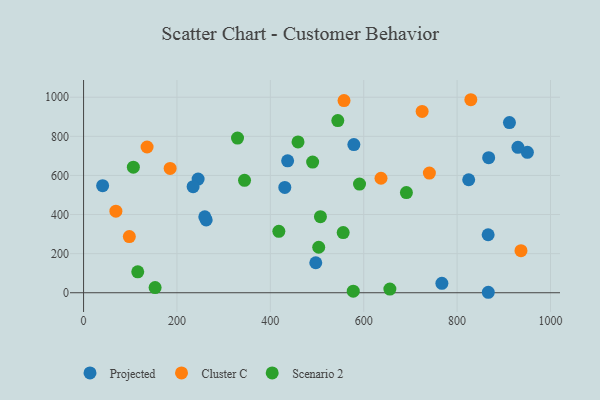
{"axis": {"x": "Study Hours", "y": "Salary"}, "legend": ["Cluster C", "Projected", "Scenario 2"], "data": [{"x": "824.8", "y": 577.8, "type": "Projected"}, {"x": "262.6", "y": 372.2, "type": "Projected"}, {"x": "245.3", "y": 581.4, "type": "Projected"}, {"x": "950.5", "y": 718.1, "type": "Projected"}, {"x": "767.4", "y": 48.2, "type": "Projected"}, {"x": "437.0", "y": 674.7, "type": "Projected"}, {"x": "867.6", "y": 690.7, "type": "Projected"}, {"x": "497.3", "y": 153.4, "type": "Projected"}, {"x": "234.6", "y": 542.4, "type": "Projected"}, {"x": "259.6", "y": 388.4, "type": "Projected"}, {"x": "930.3", "y": 743.9, "type": "Projected"}, {"x": "578.9", "y": 757.9, "type": "Projected"}, {"x": "912.1", "y": 870.5, "type": "Projected"}, {"x": "431.0", "y": 538.5, "type": "Projected"}, {"x": "40.8", "y": 547.8, "type": "Projected"}, {"x": "866.5", "y": 296.6, "type": "Projected"}, {"x": "866.8", "y": 2.4, "type": "Projected"}, {"x": "637.0", "y": 585.5, "type": "Cluster C"}, {"x": "829.4", "y": 987.2, "type": "Cluster C"}, {"x": "98.0", "y": 287.5, "type": "Cluster C"}, {"x": "740.6", "y": 611.9, "type": "Cluster C"}, {"x": "936.8", "y": 215.3, "type": "Cluster C"}, {"x": "69.2", "y": 417.0, "type": "Cluster C"}, {"x": "725.1", "y": 927.4, "type": "Cluster C"}, {"x": "185.4", "y": 635.9, "type": "Cluster C"}, {"x": "136.0", "y": 745.4, "type": "Cluster C"}, {"x": "557.8", "y": 982.8, "type": "Cluster C"}, {"x": "418.2", "y": 313.9, "type": "Scenario 2"}, {"x": "344.7", "y": 574.8, "type": "Scenario 2"}, {"x": "691.4", "y": 512.5, "type": "Scenario 2"}, {"x": "656.0", "y": 18.7, "type": "Scenario 2"}, {"x": "153.2", "y": 26.2, "type": "Scenario 2"}, {"x": "106.6", "y": 642.2, "type": "Scenario 2"}, {"x": "544.5", "y": 880.7, "type": "Scenario 2"}, {"x": "459.3", "y": 771.4, "type": "Scenario 2"}, {"x": "507.3", "y": 389.1, "type": "Scenario 2"}, {"x": "591.0", "y": 556.0, "type": "Scenario 2"}, {"x": "577.6", "y": 8.1, "type": "Scenario 2"}, {"x": "503.6", "y": 232.6, "type": "Scenario 2"}, {"x": "116.0", "y": 107.0, "type": "Scenario 2"}, {"x": "329.7", "y": 791.3, "type": "Scenario 2"}, {"x": "556.0", "y": 307.6, "type": "Scenario 2"}, {"x": "490.6", "y": 668.4, "type": "Scenario 2"}]}